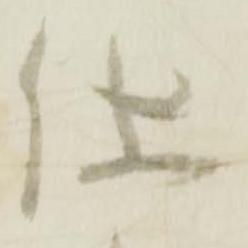
仕